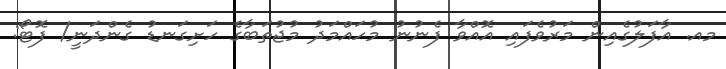
މއ. އާފަލުގެއިން މަރުވެފައި އޮއްވާ ފެނުނު މުހައްމަދު މުޖުތަބާގެ ހަށިގަނޑު ގެންދަނީ/ ފޮޓޯ: